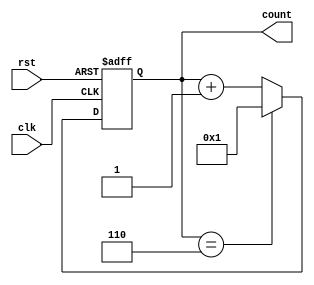
module calculator(clk,rst,count);
input clk,rst;
output[3:0] count;
reg[3:0] count;
always @(posedge clk or negedge rst)
begin
	if(!rst)
		begin
			count <= 1'd1;
		end
	else
		begin
			if(count == 4'd6)
				begin
					count <= 1'd1;
				end
			else
				begin
					count <= count + 1'b1;
				end
		end
end
endmodule